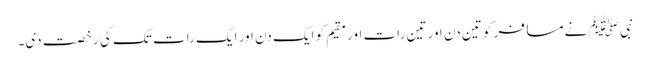
نبی ﷺ نے مسافر کو تین دن اور تین رات اور مقیم کو ایک دن اور ایک رات تک کی رخصت دی۔